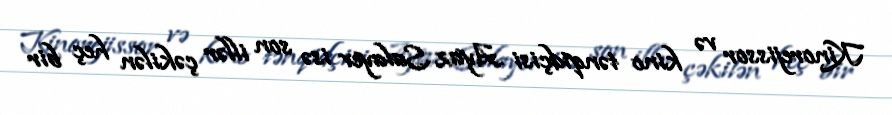
Kinorejissor və kino tənqidçisi Ayaz Salayev isə son illər çəkilən heç bir